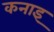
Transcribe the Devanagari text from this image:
कनाइ